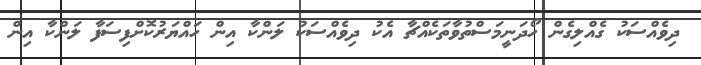
ދިވެއްސަކު ގެއްލިގެން ހޯދަނީމަސްތުވާތަކެއްޗާ އެކު ދިވެއްސަކު ލަންކާ އިން ހައްޔަރުކޮށްފިސަފާ ލަންކާ އިން